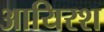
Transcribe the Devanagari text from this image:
आयिरश